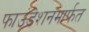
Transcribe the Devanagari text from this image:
फाउंडेशनमार्फत